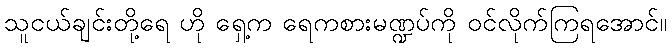
သူငယ်ချင်းတို့ရေ ဟို ရှေ့က ရေကစားမဏ္ဍပ်ကို ဝင်လိုက်ကြရအောင်။